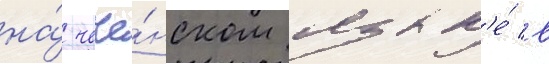
на́ чече́нском язык'е́ в